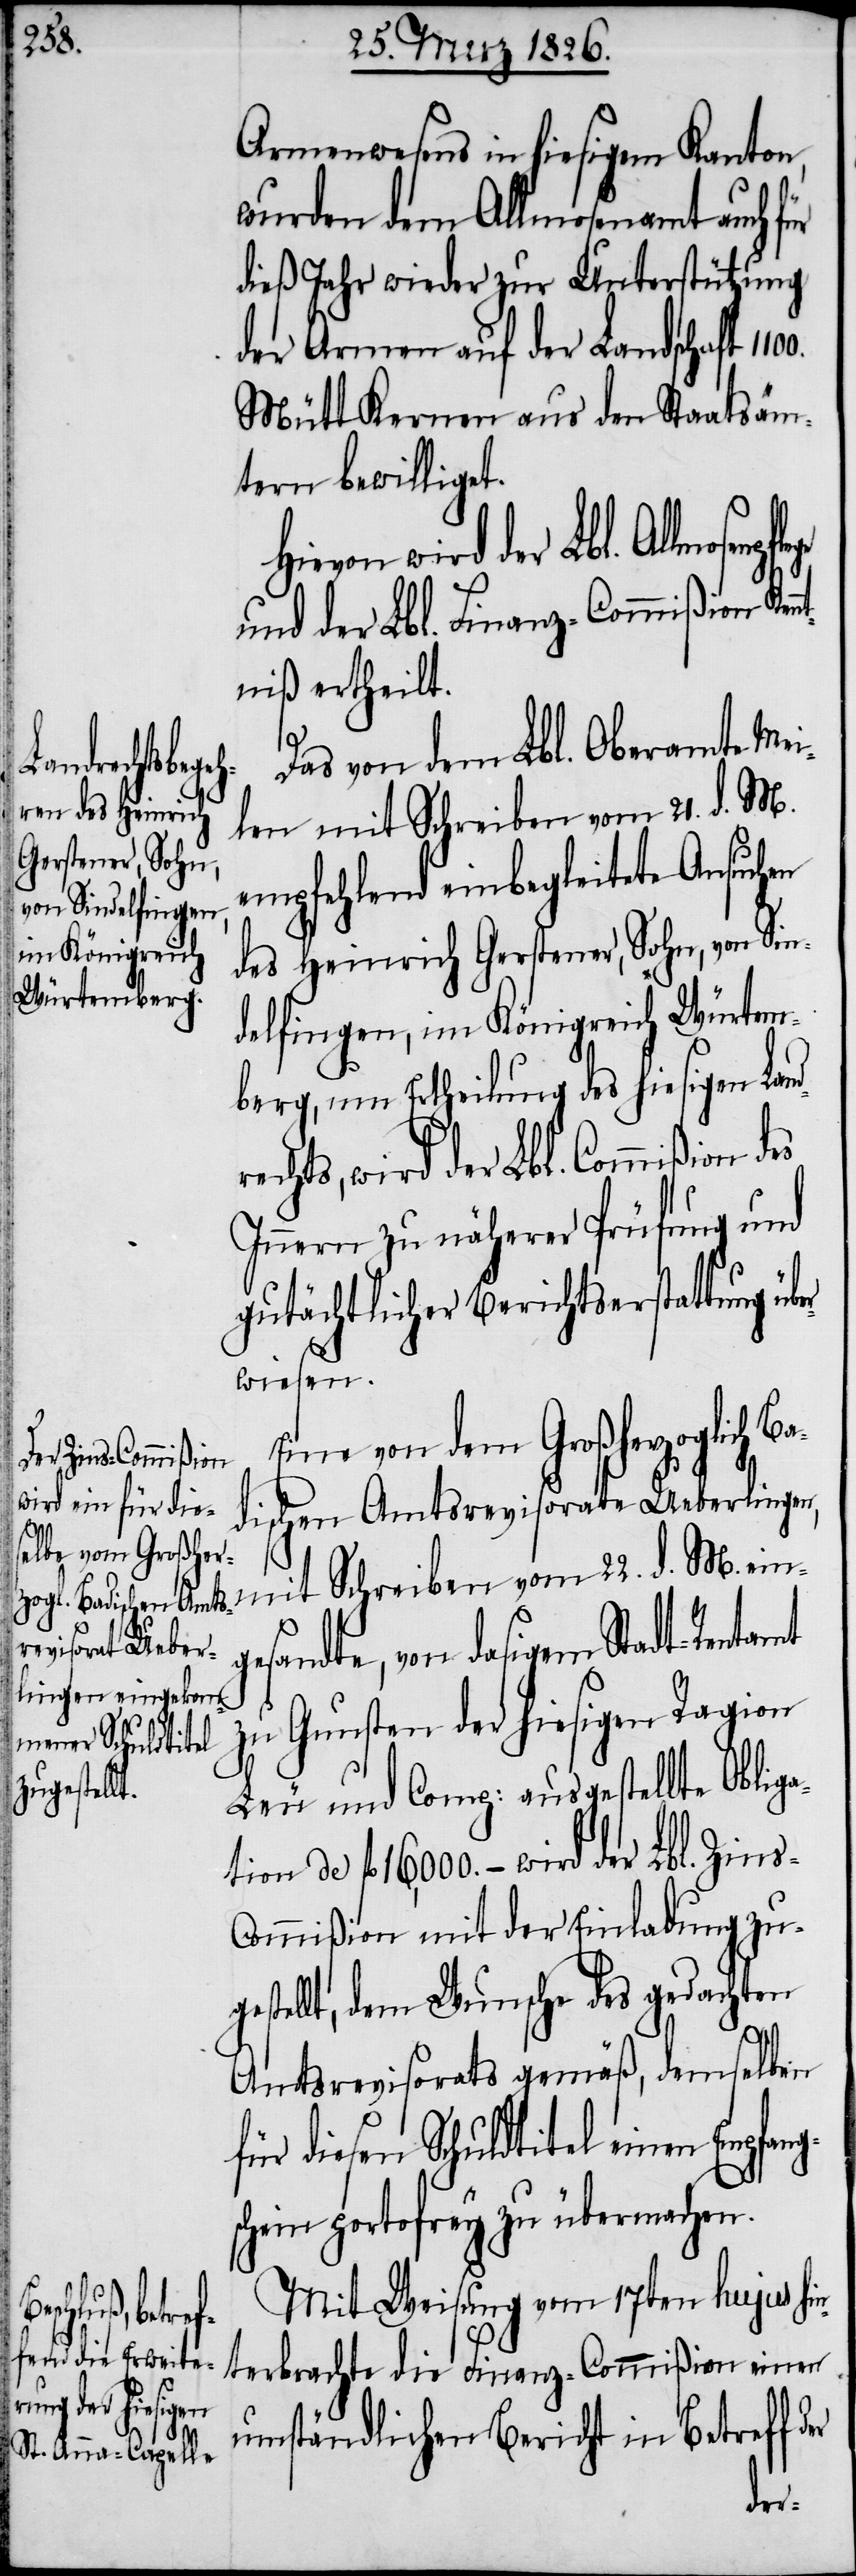
Ba¬
npflege

Armenwesens in hiesigem Kanton,
wurden dem Allmosenamt auch für
dieß Jahr wieder zur Unterstützung
der Armen auf der Landschaft
Mütt Kernen aus den Staatsäm¬
tern bewilliget.
Hievon wird der Lbl. Allmose¬
und der Lbl. Finanz-Commißion Ken¬
ntniß ertheilt.
Das von dem Lbl. Oberamte Mei¬
len mit Schreiben vom 21. d. M.
empfehlend einbegleitete Ansuchen
des Heinrich Gerstener, Sohn, von Sin¬
delfingen, im Königreich Würtem¬
berg, um Ertheilung des hiesigen Lan¬
rechts, wird der Lbl. Commißion des
Innern zu näherer Prüfung und
gutächtlicher Berichtserstattung üb¬
wiesen.
ine von dem Großherzoglich
dischen Amtsrevisorate Ueberlingen,
mit Schreiben vom 22. d. M. ein¬
gesandte, von dasigem Stadt-Rentamt
zu Gunsten der hiesigen Ragion
Leu und Comp: ausgestellte Oblig¬
de fl. 16,000. – wird der Lbl. Zins-C¬
ommißion mit der Einladung zu¬
tellt, dem Wunsche des gedachten
Amtsrevisorats gemäß, demselben
für diesen Schuldtitel einen Empfa¬
chein portofrey zu übermachen.
Mit Weisung vom 17ten hujus hi¬
nterbrachte die Finanz-Commißion einen
umständlichen Bericht in Betreff
der